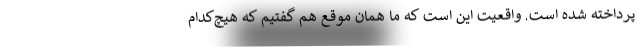
پرداخته شده است. واقعیت این است که ما همان موقع هم گفتیم که هیچ‌کدام